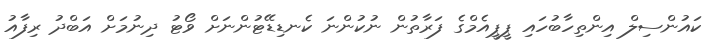
ކައުންސިލް އިންތިހާބުހައި ޕީޕީއެމްގެ ފަރާތުން ނުކުންނަ ކެނޑިޑޭޓުންނަށް ވޯޓު ދިނުމަށް އަބްދު ރިފާއު